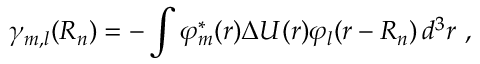
\gamma _ { m , l } ( { \boldsymbol { R _ { n } } } ) = - \int \varphi _ { m } ^ { * } ( { \boldsymbol { r } } ) \Delta U ( { \boldsymbol { r } } ) \varphi _ { l } ( { \boldsymbol { r - R _ { n } } } ) \, d ^ { 3 } r \ ,